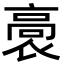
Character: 𮪸